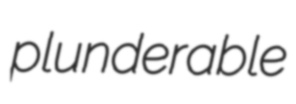
plunderable